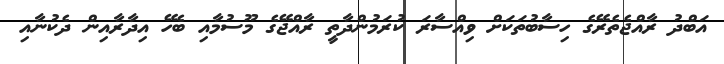
އަބްދު ރާއްޖެތެރޭގެ ހިސާބުތަކަށް ވިއްސާރަ ކުރަމުންދާތީ ރާއްޖޭގެ މޫސުމާއި ބެހޭ އިދާރާއިން ދެކުނާއި